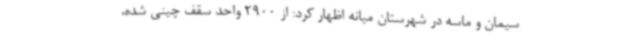
سیمان و ماسه در شهرستان میانه اظهار کرد: از 2900 واحد سقف چینی شده،